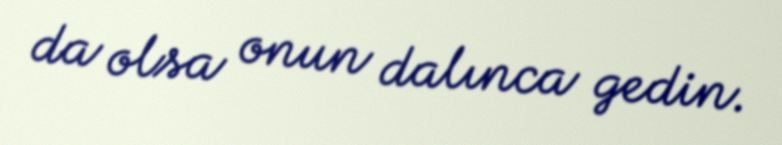
da olsa onun dalınca gedin.